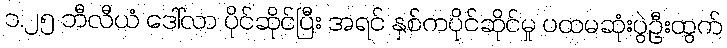
၁.၂၅ ဘီလီယံ ဒေါ်လာ ပိုင်ဆိုင်ပြီး အရင် နှစ်ကပိုင်ဆိုင်မှု ပထမဆုံးပွဲဦးထွက်